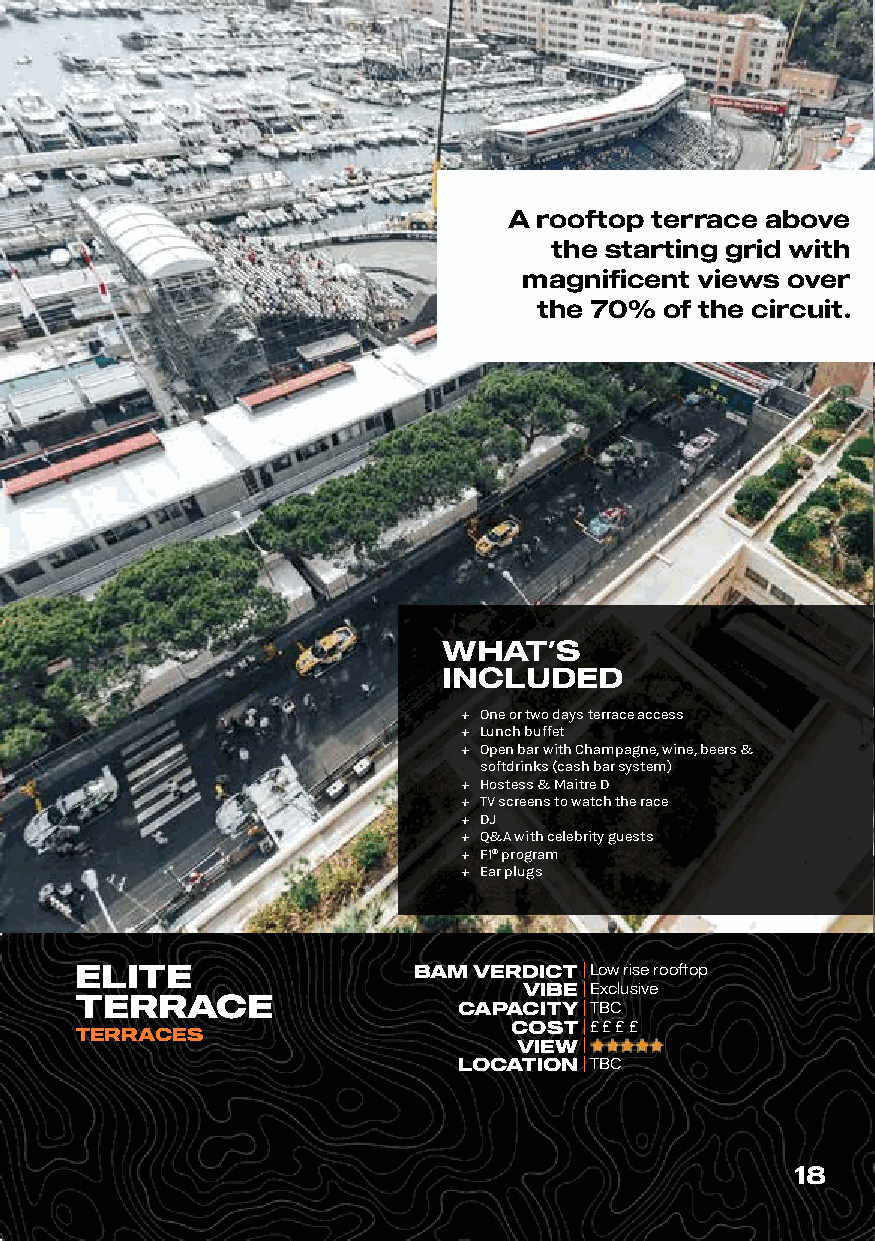
A rooftop terrace above
 the starting grid with
 magnificent views over
 the 70% of the circuit.
 WHAT’S
 INCLUDED
 ů One or two days terrace access
 ů Lunch buffet
 ů Open bar with Champagne, wine, beers &
 softdrinks (cash bar system)
 ů Hostess & Maitre D
 ů TV screens to watch the race
 ů DJ
 ů Q&A with celebrity guests
 ů F1® program
 ů Ear plugs
 ELITE                 BAM VERDICT | Low rise rooftop
 VIBE| Exclusive
 TERRACE
 CAPACITY| TBC
 TERRACES                     COST| £ £ £ £
 VIEW|
 LOCATION| TBC
 18